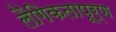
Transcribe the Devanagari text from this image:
लैंगिकतापूर्ण